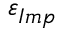
\varepsilon _ { I m p }